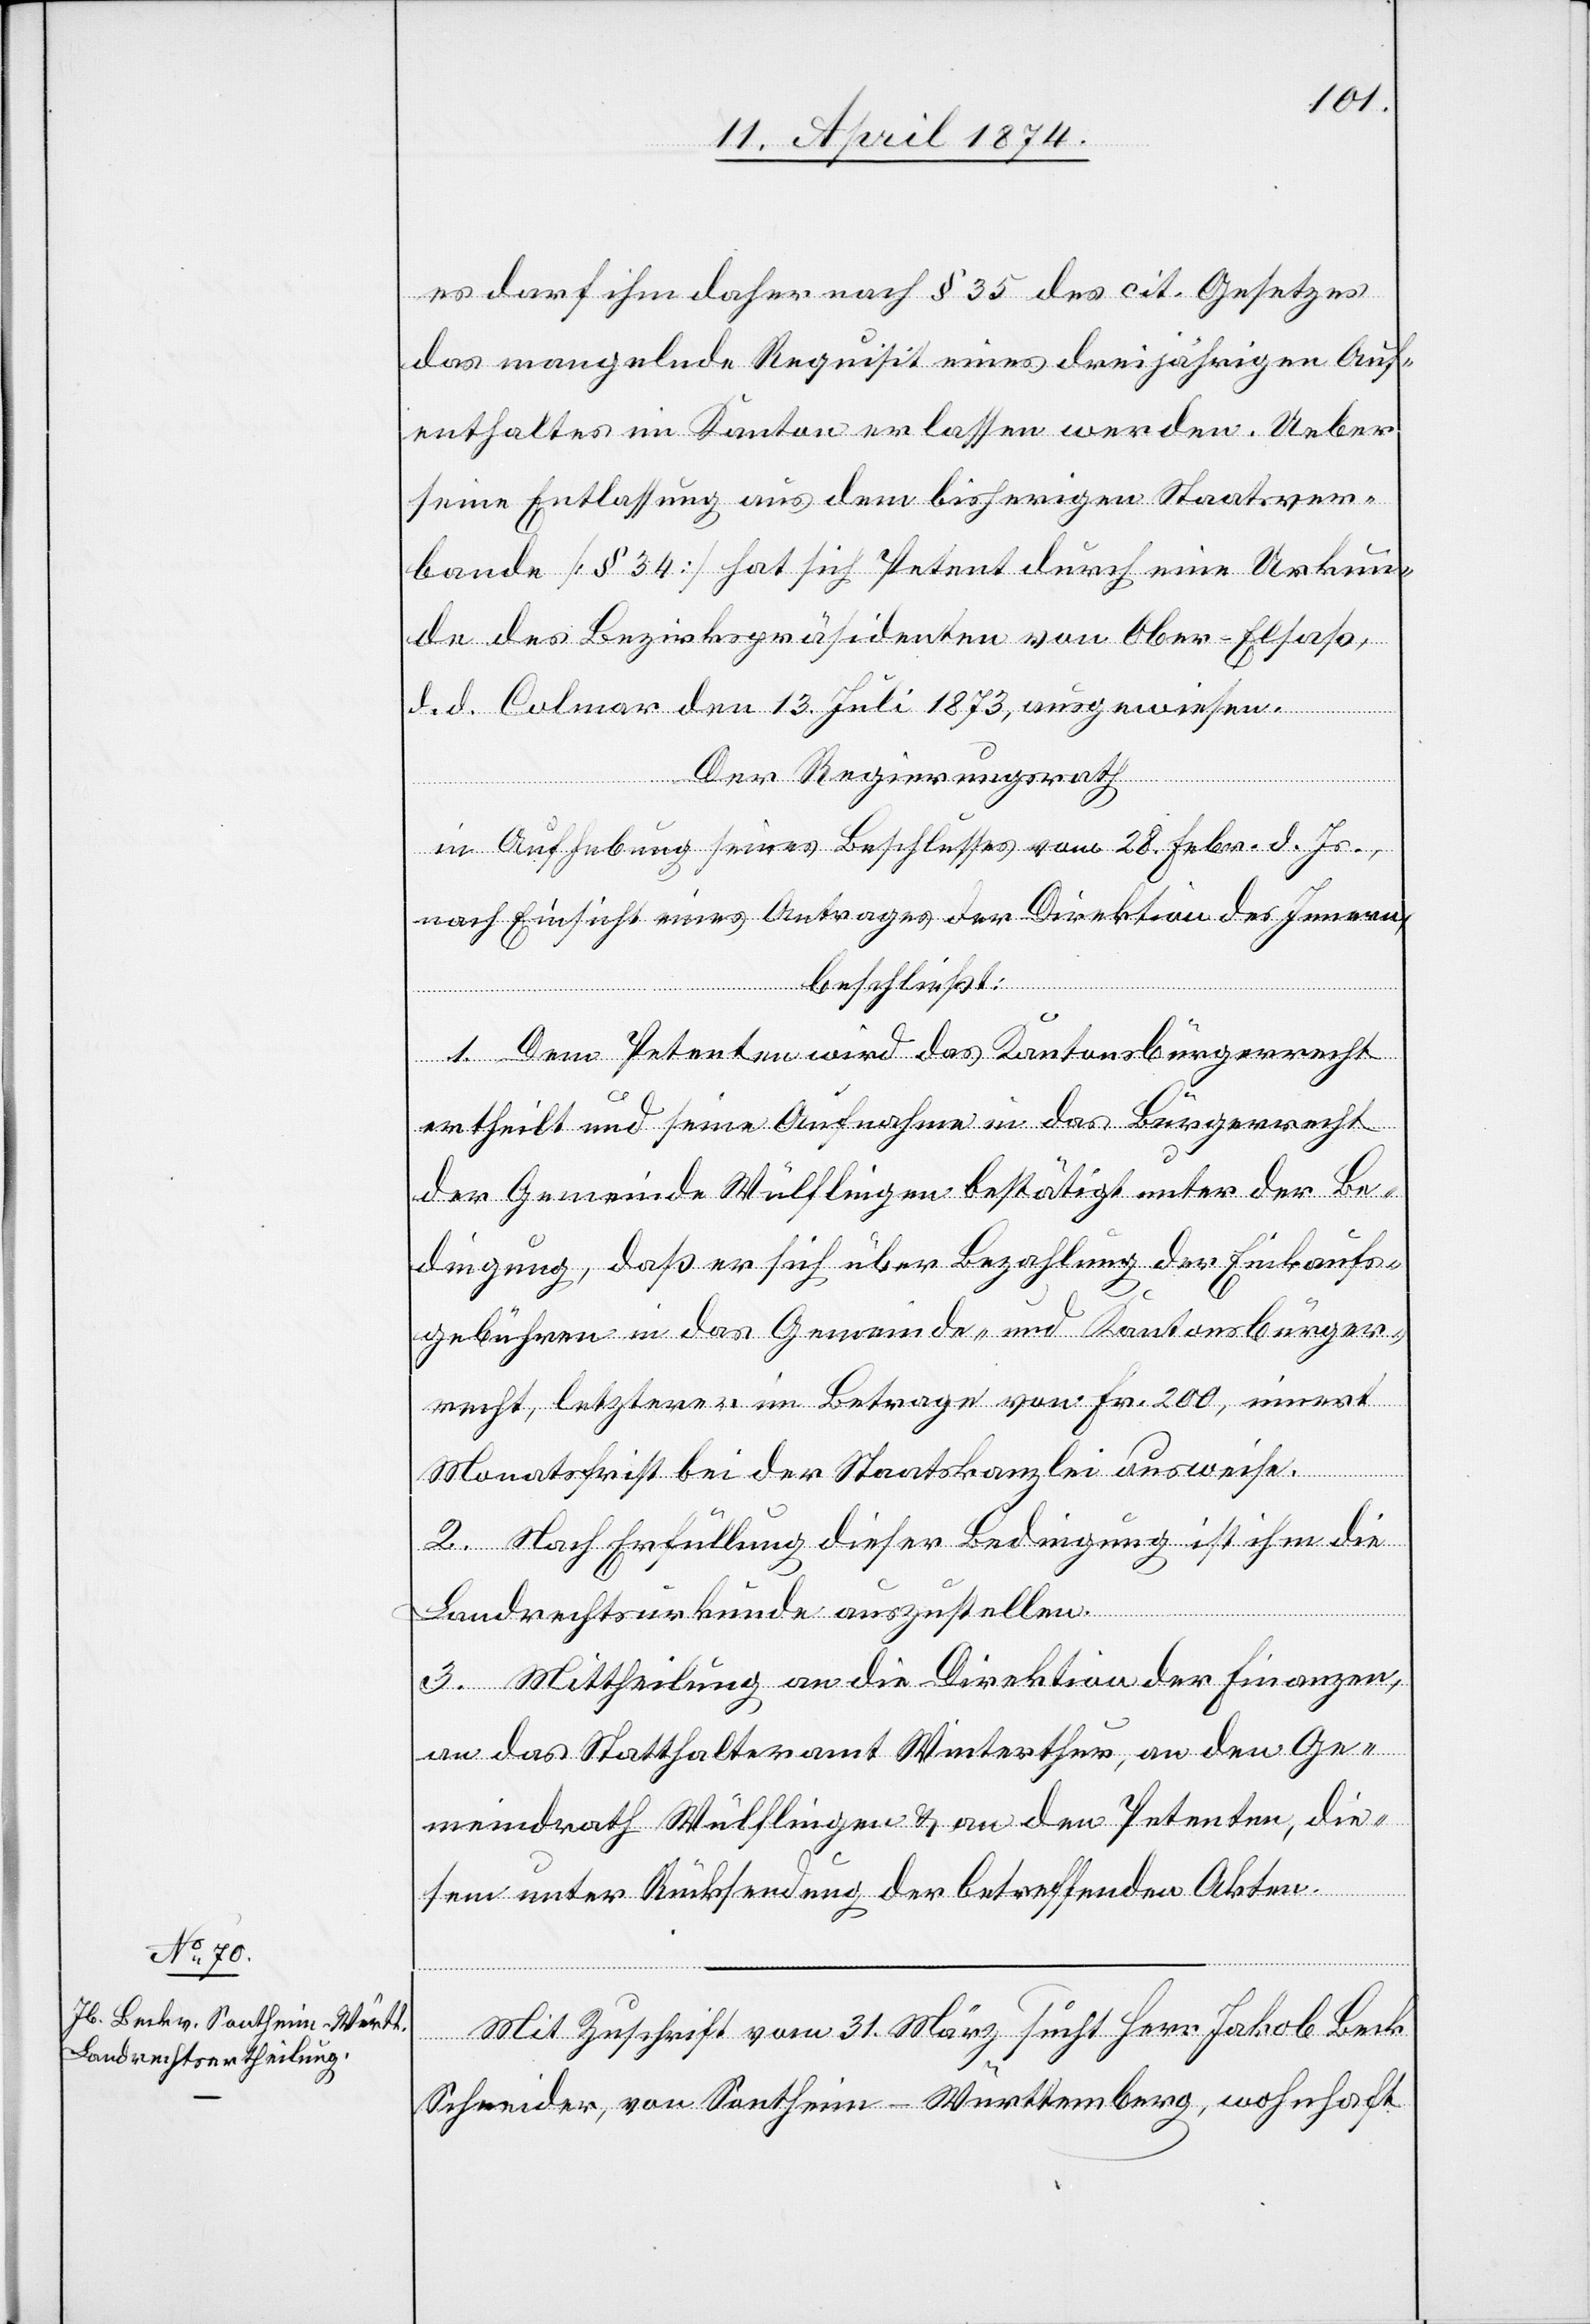
es darf ihm daher nach § 35 des cit. Gesetzes
das mangelnde Requisit eines dreijährigen Auf¬
enthaltes im Kanton erlassen werden. Ueber
seine Entlassung aus dem bisherigen Staatsver¬
bande [§ 34] hat sich Petent durch eine Urkun¬
de des Bezirkspräsidenten von Ober-Elsaß,
d. d. Colmar den 13. Juli 1873, ausgewiesen.
Der Regierungsrath
in Aufhebung seines Beschlusses vom 28. Febr. d. Js.,
nach Einsicht eines Antrages der Direktion des Innern,
beschließt:
1. Dem Petenten wird das Kantonsbürgerrecht
ertheilt und seine Aufnahme in das Bürgerrecht
der Gemeinde Wülflingen bestätigt unter der Be¬
dingung, daß er sich über Bezahlung der Einkaufs¬
gebühren in das Gemeinde- und Kantonsbürger¬
recht, letzterer im Betrage von Fr. 200, innert
Monatsfirst bei der Staatskanzlei ausweise.
2. Nach Erfüllung dieser Bedingung ist ihm die
Landrechtsurkunde auszustellen.
3. Mittheilung an die Direktion der Finanzen,
an das Statthalteramt Winterthur, an den Ge¬
meindrath Wülflingen u. an den Petenten, die¬
sem unter Rücksendung der betreffenden Akten.
Mit Zuschrift vom 31. März sucht Herr Jakob Beck
Schneider, von Santheim-Württemberg, wohnhaft